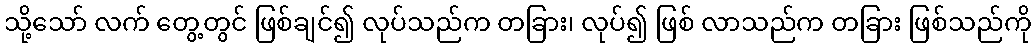
သို့သော် လက် တွေ့တွင် ဖြစ်ချင်၍ လုပ်သည်က တခြား၊ လုပ်၍ ဖြစ် လာသည်က တခြား ဖြစ်သည်ကို